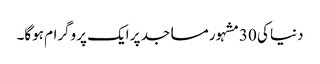
دنیا کی 30مشہور مساجد پر ایک پروگرام ہوگا۔